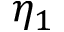
\eta _ { 1 }